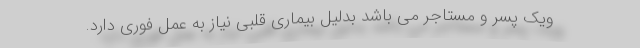
ویک پسر و مستاجر می باشد بدلیل بیماری قلبی نیاز به عمل فوری دارد.